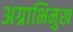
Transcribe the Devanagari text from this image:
अग्राभिमुख